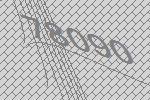
78090